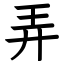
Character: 弄